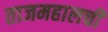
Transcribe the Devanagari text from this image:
ताजमहालची